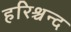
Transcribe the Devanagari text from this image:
हरिश्चन्द